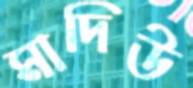
মাদিউ